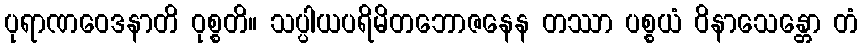
ပုရာဏဝေဒနာတိ ဝုစ္စတိ။ သပ္ပါယပရိမိတဘောဇနေန တဿာ ပစ္စယံ ဝိနာသေန္တော တံ